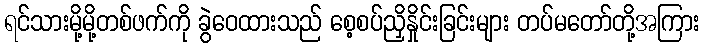
ရင်သားမို့မို့တစ်ဖက်ကို ခွဲဝေထားသည် စေ့စပ်ညှိနှိုင်းခြင်းများ တပ်မတော်တို့အကြား